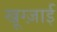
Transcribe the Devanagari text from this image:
खूग्ज़ाई